system: You are a helpful assistant.
user:
Analyze the provided spectrum to determine if it is a **Carbon Star (C-type)**.

- **Key Visual Indicators of Carbon Star:**
    - **(Primary):** Strong molecular absorption from **C₂ (diatomic carbon) "Swan Bands."** This is the **defining feature** of a carbon star.
        - **(Key Bandheads):** Sharp absorption edges are visible at approximately $5635$ Å, $5165$ Å (the strongest band), and $4737$ Å.
        - **(Line Profile):** Creates a distinct **"saw-tooth"** pattern. The key morphology is a sharp, steep bandhead on the **red (long-wavelength) side**, which then gradually tapers off (i.e., flux recovers) towards the **blue (short-wavelength) side**. *(This is the direct opposite of the TiO bands seen in M-type stars)*.

    - **(Secondary):** Intense **CN (cyanogen)** molecular absorption bands.
        - **(Key Bandheads):** Located in the blue and violet regions of the spectrum (e.g., near $4215$ Å and $3883$ Å).
        - **(Morphology):** These bands are extremely broad and act as a "blanket," absorbing the vast majority of blue and violet light. This creates a characteristic **"cliff"** or **"steep drop-off"** in the spectrum's flux at short wavelengths.

    - **(Key Confirmation):** Strong **CH absorption band (G-band)**.
        - **(Key Bandhead):** Located around $4300$ Å. The contribution from CH molecules to this band is exceptionally strong.

    - **(Overall Spectrum):**
        - The continuum is severely "chopped up" by these deep molecular bands, especially C₂, rather than appearing as a smooth curve.
        - Due to the heavy CN and C₂ absorption in the blue-green, the vast majority of the star's flux is concentrated in the red part of the spectrum, giving the star its characteristic deep red color.

Think first, call **spectral_visualization_tool** if needed to examine features in detail, then provide your final answer. Your response must adhere to the following strict rules:
1.  **Overall Structure:** Your response must follow the format `<think>...</think> <tool_call>...</tool_call> (if a tool is used) <answer>...</answer>`.
2.  **Tool Usage Constraint:** You may only make **one** tool call per turn.
3.  **Final Answer Format:** In the `<answer>` tag, your conclusion must be inside a `\boxed{}` command (e.g., `\boxed{YES}`), followed by your justification.

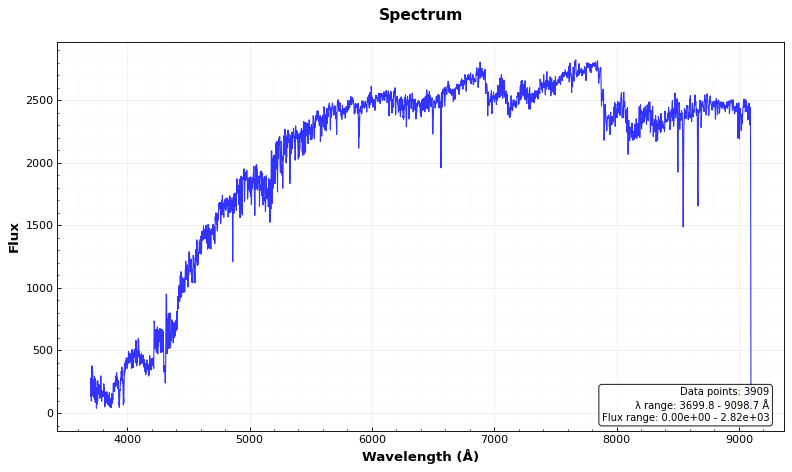
Answer: YES